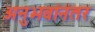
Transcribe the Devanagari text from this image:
अनुभवांनंतर